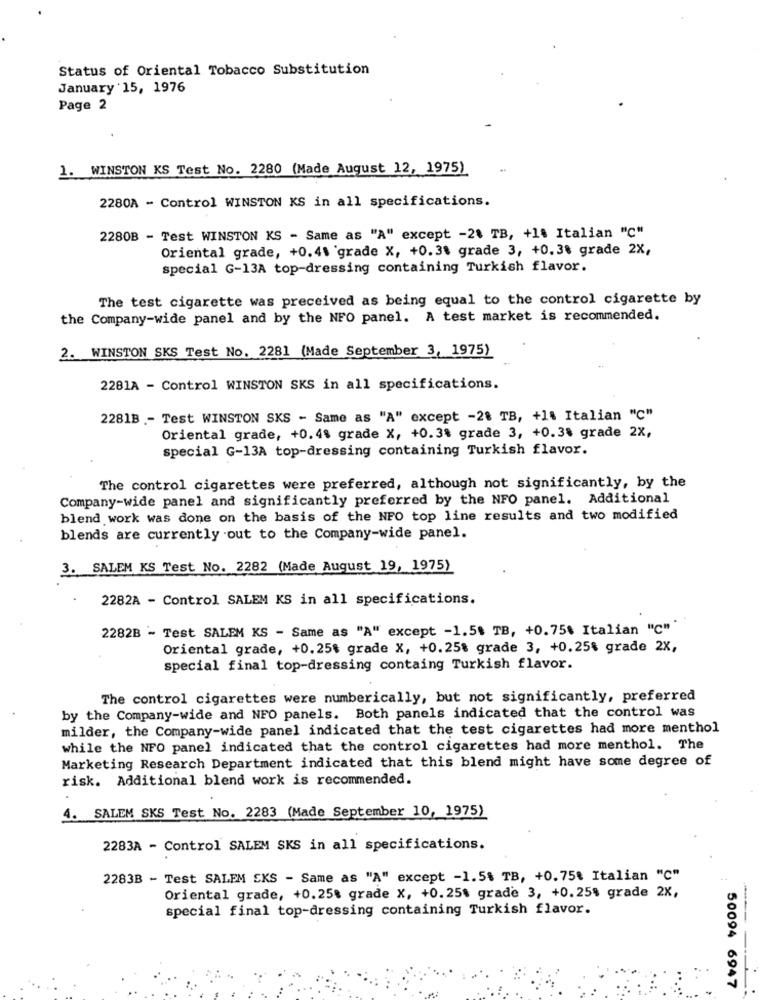
Status of Oriental Tobacco Substitution
January 15, 1976
Page 2
1. WINSTON KS Test No. 2280 (Made August 12, 1975)
2280A - Control WINSTON KS in all specifications.
2280B - Test WINSTON KS - Same as "A" except -21 TB, +1% Italian "C"
Oriental grade, +0.41 'grade X, +0.31 grade 3, +0.38 grade 2X,
special G-13A top-dressing containing Turkish flavor.
The test cigarette was preceived as being equal to the control cigarette by
the Company-wide panel and by the NFO panel. A test market is recommended.
2. WINSTON SKS Test No. 2281 (Made September 3, 1975)
2281A - Control WINSTON SKS in all specifications.
2281B .- Test WINSTON SKS - Same as "A" except -2% TB, +1% Italian "C"
Oriental grade, +0.48 grade X, +0.3% grade 3, +0.38 grade 2X,
special G-13A top-dressing containing Turkish flavor.
The control cigarettes were preferred, although not significantly, by the
Company-wide panel and significantly preferred by the NFO panel. Additional
blend work was done on the basis of the NFO top line results and two modified
blends are currently out to the Company-wide panel.
3. SALEM KS Test No. 2282 (Made August 19, 1975)
2282A - Control SALEM KS in all specifications.
2282B - Test SALEM KS - Same as "A" except -1.58 TB, +0.75₺ Italian "C""
Oriental grade, +0.25% grade X, +0.25% grade 3, +0.25% grade 2X,
special final top-dressing containg Turkish flavor.
The control cigarettes were numberically, but not significantly, preferred
by the Company-wide and NFO panels. Both panels indicated that the control was
milder, the Company-wide panel indicated that the test cigarettes had more menthol
while the NFO panel indicated that the control cigarettes had more menthol. The
Marketing Research Department indicated that this blend might have some degree of
risk. Additional blend work is recommended.
4. SALEM SKS Test No. 2283 (Made September 10, 1975)
2283A - Control SALEM SKS in all specifications.
2283B - Test SALEM EKS - Same as "A" except -1.5% TB, +0.75% Italian "C"
Oriental grade, +0.25% grade X, +0.25% grade 3, +0.25% grade 2X,
special final top-dressing containing Turkish flavor.
50094 6947